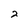
Character: 2